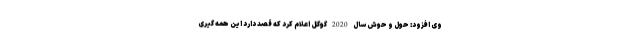
وی افزود: حول و حوش سال 2020 گوگل اعلام کرد که قصد دارد این همه گیری